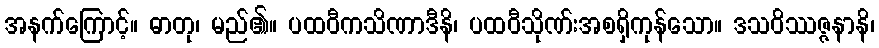
အနက်ကြောင့်။ ဓာတု၊ မည်၏။ ပထဝီကသိဏာဒီနိ၊ ပထဝီသိုဏ်းအစရှိကုန်သော။ ဒသဝိဿဇ္ဇနာနိ၊